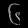
Digit: ၆